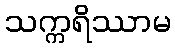
သက္ကရိဿာမ